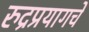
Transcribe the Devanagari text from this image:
रुद्रप्रयागचे